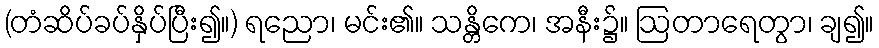
(တံဆိပ်ခပ်နှိပ်ပြီး၍။) ရညော၊ မင်း၏။ သန္တိကေ၊ အနီး၌။ ဩတာရေတွာ၊ ချ၍။